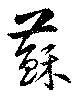
蘇